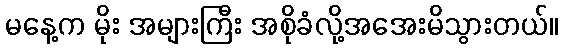
မနေ့က မိုး အများကြီး အစိုခံလို့အအေးမိသွားတယ်။